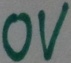
Text: 0V